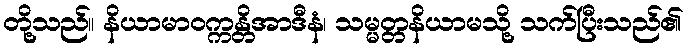
တို့သည်။ နိယာမာဝက္ကန္တိအာဒီနံ၊ သမ္မတ္တနိယာမသို့ သက်ပြီးသည်၏